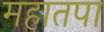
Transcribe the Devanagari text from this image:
महातपा